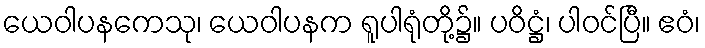
ယေဝါပနကေသု၊ ယေဝါပနက ရူပါရုံတို့၌။ ပဝိဋ္ဌံ၊ ပါဝင်ပြီ။ ဧဝံ၊